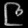
Digit: ၉